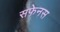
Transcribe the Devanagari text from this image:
सफेनस